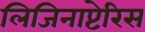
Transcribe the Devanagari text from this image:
लिजिनाप्टेरिस